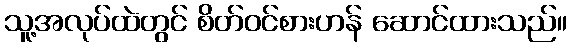
သူ့အလုပ်ထဲတွင် စိတ်ဝင်စားဟန် ဆောင်ထားသည်။